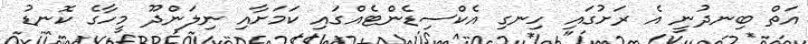
އަތް ބިނދުނީ އެ ރަށުގައި ހިނގި އެކްސިޑެންޓެއްގައި ކަމަށާއި ނިލަންދޫ މީހާގެ ކޮނޑު